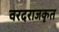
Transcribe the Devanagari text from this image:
वरदराजकृत